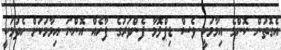
އެގޮތުން ކޮންމެ އިމާމަކީ ވެސް ޑިޕްލޮމާ ފެންވަރުގެ ފާހެއް އޮންނަ އިމާމަކަށް ހެދުމަކީ